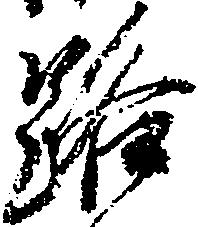
路